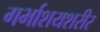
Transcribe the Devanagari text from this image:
गर्भाशयशरीर